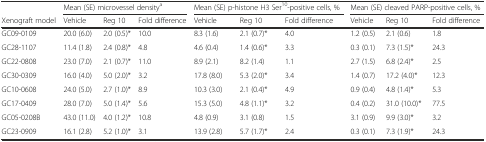
<table><thead><tr><td></td><td colspan="3"><b>Mean (SE) microvessel density<sup>a</sup></b></td><td colspan="3"><b>Mean (SE) p-histone H3 Ser<sup>10</sup>-positive cells, %</b></td><td colspan="3"><b>Mean (SE) cleaved PARP-positive cells, %</b></td></tr><tr><td><b>Xenograft model</b></td><td><b>Vehicle</b></td><td><b>Reg 10</b></td><td><b>Fold difference</b></td><td><b>Vehicle</b></td><td><b>Reg 10</b></td><td><b>Fold difference</b></td><td><b>Vehicle</b></td><td><b>Reg 10</b></td><td><b>Fold difference</b></td></tr></thead><tbody><tr><td>GC09-0109</td><td>20.0 (6.0)</td><td>2.0 (0.5)*</td><td>10.0</td><td>8.3 (1.6)</td><td>2.1 (0.7)*</td><td>4.0</td><td>1.2 (0.5)</td><td>2.1 (0.6)</td><td>1.8</td></tr><tr><td>GC28-1107</td><td>11.4 (1.8)</td><td>2.4 (0.8)*</td><td>4.8</td><td>4.6 (0.4)</td><td>1.4 (0.6)*</td><td>3.3</td><td>0.3 (0.1)</td><td>7.3 (1.5)*</td><td>24.3</td></tr><tr><td>GC22-0808</td><td>23.0 (7.0)</td><td>2.1 (0.7)*</td><td>11.0</td><td>8.9 (2.1)</td><td>8.2 (1.4)</td><td>1.1</td><td>2.7 (1.5)</td><td>6.8 (2.4)*</td><td>2.5</td></tr><tr><td>GC30-0309</td><td>16.0 (4.0)</td><td>5.0 (2.0)*</td><td>3.2</td><td>17.8 (8.0)</td><td>5.3 (2.0)*</td><td>3.4</td><td>1.4 (0.7)</td><td>17.2 (4.0)*</td><td>12.3</td></tr><tr><td>GC10-0608</td><td>24.0 (5.0)</td><td>2.7 (1.0)*</td><td>8.9</td><td>10.3 (3.0)</td><td>2.1 (0.4)*</td><td>4.9</td><td>0.9 (0.4)</td><td>4.8 (1.4)*</td><td>5.3</td></tr><tr><td>GC17-0409</td><td>28.0 (7.0)</td><td>5.0 (1.4)*</td><td>5.6</td><td>15.3 (5.0)</td><td>4.8 (1.1)*</td><td>3.2</td><td>0.4 (0.2)</td><td>31.0 (10.0)*</td><td>77.5</td></tr><tr><td>GC05-0208B</td><td>43.0 (11.0)</td><td>4.0 (1.2)*</td><td>10.8</td><td>4.8 (0.9)</td><td>3.1 (0.8)</td><td>1.5</td><td>3.1 (0.9)</td><td>9.9 (3.0)*</td><td>3.2</td></tr><tr><td>GC23-0909</td><td>16.1 (2.8)</td><td>5.2 (1.0)*</td><td>3.1</td><td>13.9 (2.8)</td><td>5.7 (1.7)*</td><td>2.4</td><td>0.3 (0.1)</td><td>7.3 (1.9)*</td><td>24.3</td></tr></tbody></table>